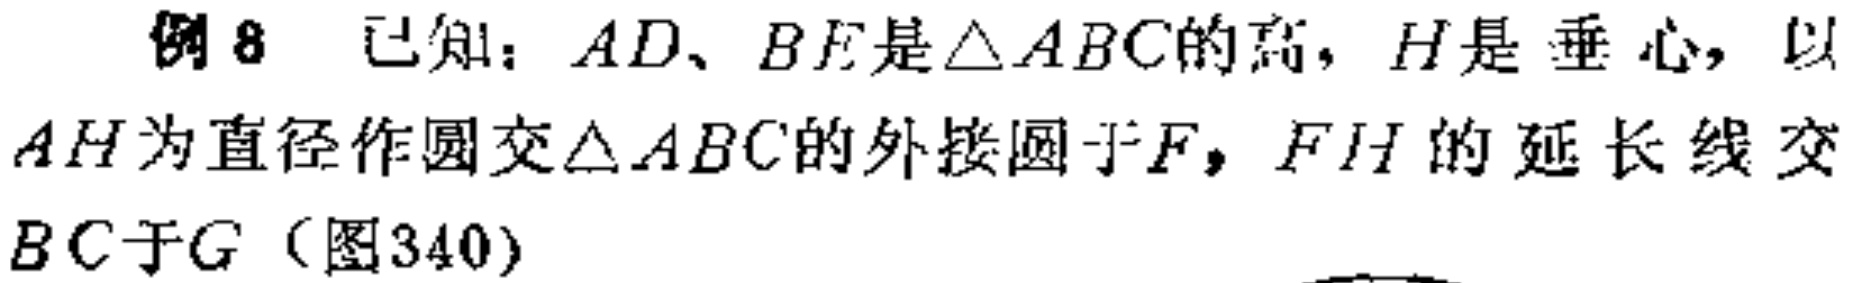
例8 已知：$AD、BE$是$\triangle ABC$的高，$H$是垂心，以$AH$为直径作圆交$\triangle ABC$的外接圆于$F$，$FH$的延长线交$BC$于$G$（图340）